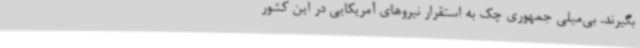
بگیرند. بی‌میلی جمهوری چک به استقرار نیروهای آمریکایی در این کشور